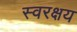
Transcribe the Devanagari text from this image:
स्वरक्षय